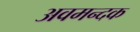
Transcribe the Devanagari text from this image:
अवमन्दक